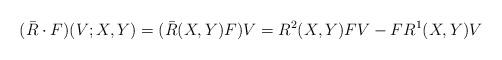
LaTeX: \begin{align*}(\bar R\cdot F)(V;X,Y)=(\bar R(X,Y)F)V=R^2(X,Y)FV-FR^1(X,Y)V\end{align*}